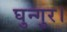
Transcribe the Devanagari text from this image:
घुन्गुर।